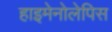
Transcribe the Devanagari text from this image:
हाइमेनोलेपिस